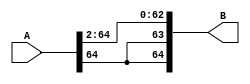
module right_shift_by_2_65(B, A);
	input [64:0] A;
	output [64:0] B;

	genvar b;
	generate
	for (b=0; b < 63; b = b + 1) begin: lp2
		assign B[b] = A[b+2];
	end
	endgenerate
	genvar c;
	generate
	for (c=64; c > 62; c = c - 1) begin: lp3
		assign B[c] = A[64];
	end
	endgenerate
endmodule